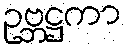
ဥဗ္ဘဋ္ဌကာ